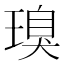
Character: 𮴪